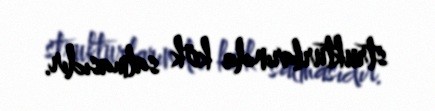
strukturlarında kök salmasıdır.